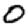
Digit: 0